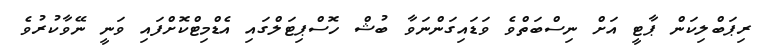
ރިޕަބްލިކަން ޕާޓީ އަށް ނިސްބަތްވެ ވަޑައިގަންނަވާ ބުޝް ހޮސްޕިޓަލްގައި އެޑްމިޓްކޮށްފައި ވަނީ ނޭވާކުރުވެ